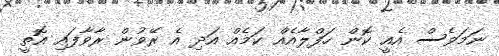
ނަމަވެސް އެއީ ކޮން ހަފްލާއެއް ކަމެއް އަދި އެ ރޭވުން ރާވާފައި އޮތީ